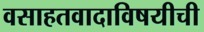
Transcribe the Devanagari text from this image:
वसाहतवादाविषयीची